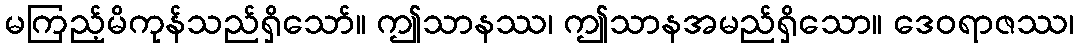
မကြည့်မိကုန်သည်ရှိသော်။ ဤသာနဿ၊ ဤသာနအမည်ရှိသော။ ဒေဝရာဇဿ၊